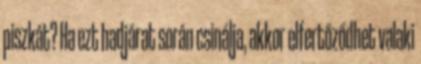
piszkát? Ha ezt hadjárat során csinálja, akkor elfertőződhet valaki